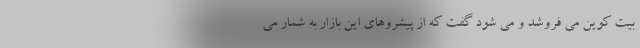
بیت کوین می فروشد و می شود گفت که از پیشروهای این بازار به شمار می